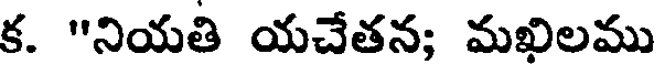
క. "నియతి యచేతన; మఖిలము